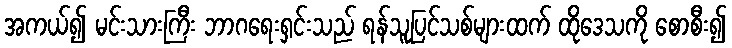
အကယ်၍ မင်းသားကြီး ဘာဂရေးရှင်းသည် ရန်သူပြင်သစ်များထက် ထိုဒေသကို စောစီး၍